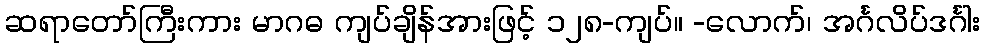
ဆရာတော်ကြီးကား မာဂဓ ကျပ်ချိန်အားဖြင့် ၁၂၈-ကျပ်။ -လောက်၊ အင်္ဂလိပ်ဒင်္ဂါး